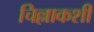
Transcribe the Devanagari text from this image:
चिल्लाकशी